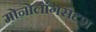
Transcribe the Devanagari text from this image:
मोनोलॉगसदृश